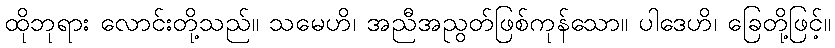
ထိုဘုရား လောင်းတို့သည်။ သမေဟိ၊ အညီအညွတ်ဖြစ်ကုန်သော။ ပါဒေဟိ၊ ခြေတို့ဖြင့်။